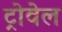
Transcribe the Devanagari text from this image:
ट्रोवेल